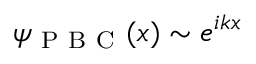
\psi _ { \mathrm { ~ P ~ B ~ C ~ } } ( x ) \sim e ^ { i k x }